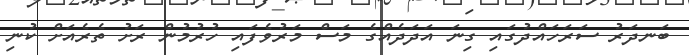
ބަނދަރު ސަރަހައްދުގައި ގިނަ އަދަދެއްގެ މަސް މަރުވެފައި ހުރުމުން ރަށު ތެރެއަށް ކުނި